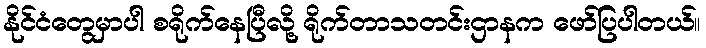
နိုင်ငံတွေမှာပါ စရိုက်နေပြီလို့ ရိုက်တာသတင်းဌာနက ဖော်ပြပါတယ်။